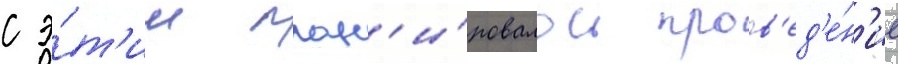
с э́т'им план'и́ровалось пров'ед'е́н'ие